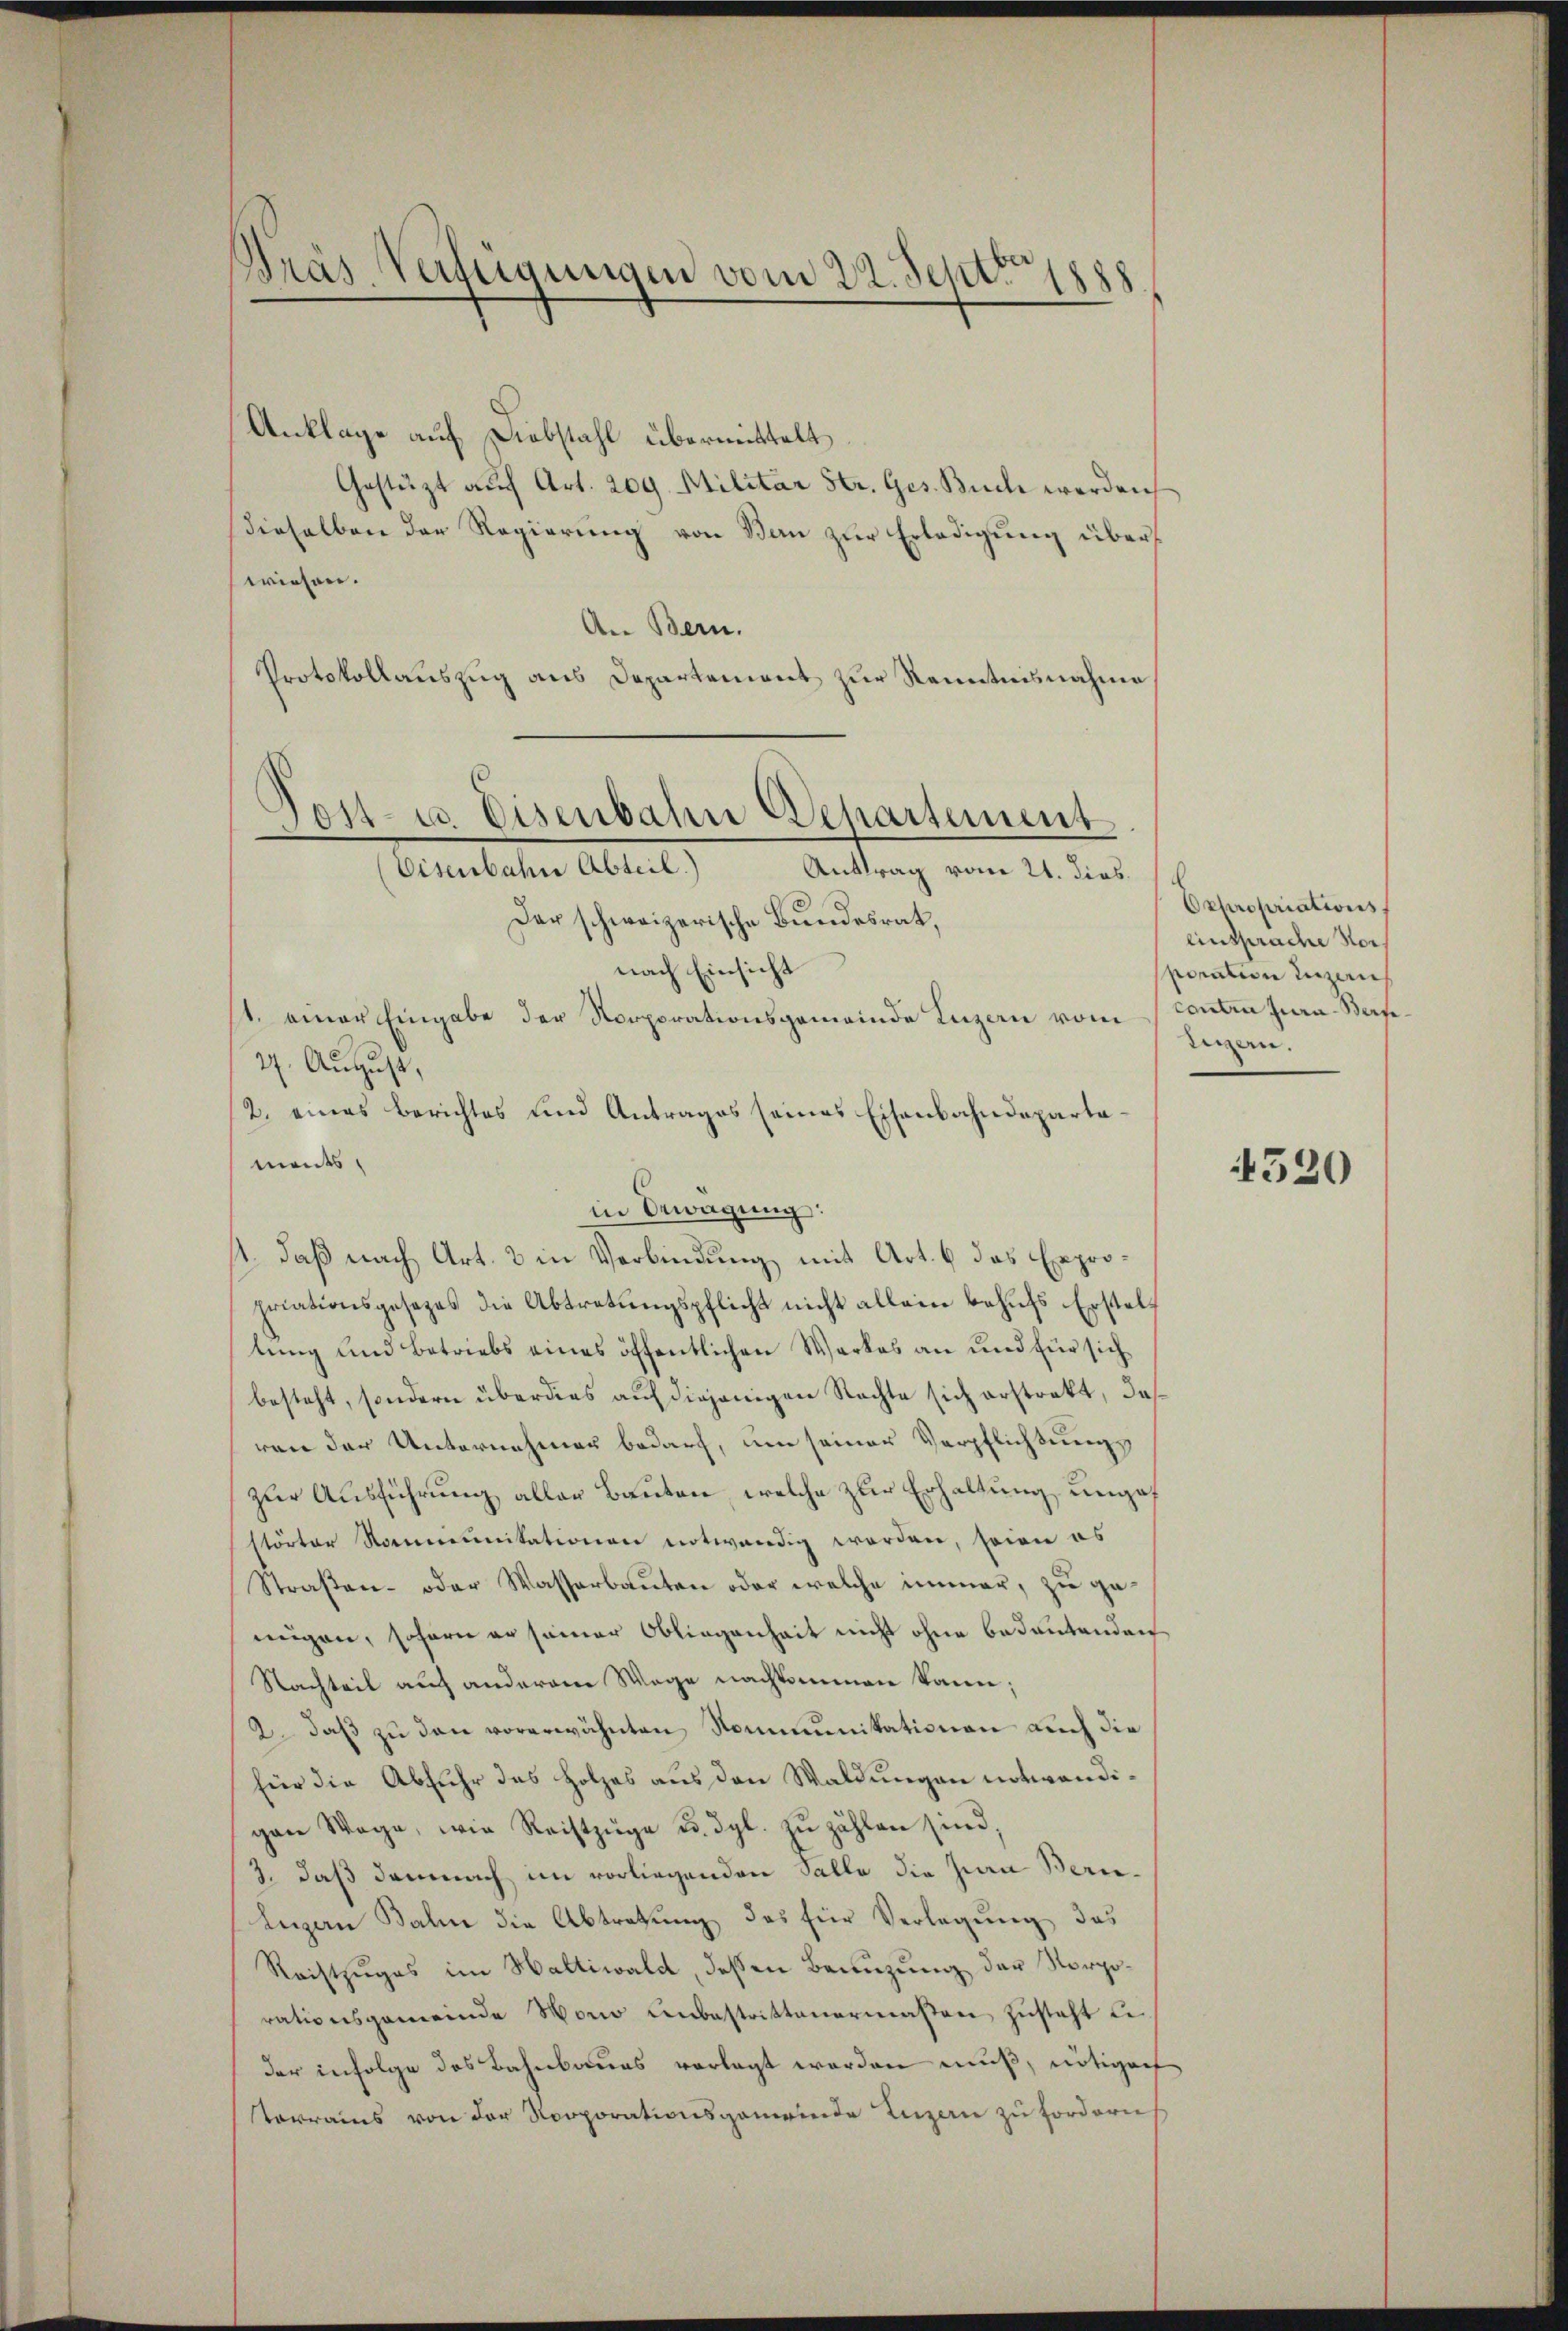
Dräs Verfügungen vom 22. Septe

Anklage auf Diebstahl übermittelt.
Gestüzt auf Art. 209. Militar Str. Ges. Buch werden
dieselben der Regierung von Bau zur Erledigung überwiesen.
An Bern.
Protokollauszug aus Departement zur Kenntnisnahme
Der schweizerische Bundesrat,
nach Einsicht
st. einer Eingabe der Norporationsgemeinde Luzern vom
27. August,
/2. eines Berichtes und Antrages seines Eisenbahndeparta-
ments
in Bewägung:
1. daß nach Art. 3 in Verbindung mit Art. 6 das Expropriationsgesezes die Abtretungspflicht nicht allein behufs Erstellung und Betriebs eines öffentlichen Werkes an und für sich
besteht, sondern überdies auf diejenigen Rechte sich erstrakt, das
ven der Unternehmen bedarf, um seiner Verpflichtungszur Ausführung aller Bauten, welche zur Erhaltung ungef
störter Nommunitationen notwendig worden, sowie es
Straβen- oder Wasserbaŭten oder welche immer, zu genügen, sofern er seiner Obliegenheit nicht ohne bedeutenden
Nachteil auch anderem Wege nachkommen kann;
2. daß zu den vorerwähnten Kommunikationen auch die
für die Abfuhr das Holzes aus den Waldungen notwendigan Wege, wie Reistzüge u. dgl. zŭ zählen sind,
3. daß demnach im vorliegenden Salle die Jura Berie¬
Luzern Balin die Abtretung das für Verlegung das
Reistzuges im Haltiwald, deßen Benuzung der Norporationsgemeinde vono unbestrittenermaßen zŭsteht u.
der infolge des Bahnbaues vorlegt worden muß, nötigenf
Verrains von der Norporationsgemeinde Luzern zu fordern

Post- u. Eisenbahn Departement
Eisenbahn Abteil)
Anttrag vom 21. dies

Expropriations
einsprache Vorporation Luzern
contin jura - Beise.
tigern.

4520